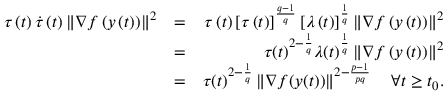
\begin{array} { r l r } { \tau \left( t \right) \dot { \tau } \left( t \right) \left\lVert \nabla f \left( y \left( t \right) \right) \right\rVert ^ { 2 } } & { = } & { \tau \left( t \right) \left[ \tau \left( t \right) \right] ^ { \frac { q - 1 } { q } } \left[ \lambda \left( t \right) \right] ^ { \frac { 1 } { q } } \left\lVert \nabla f \left( y \left( t \right) \right) \right\rVert ^ { 2 } } \\ & { = } & { \tau ( t ) ^ { 2 - \frac { 1 } { q } } \lambda ( t ) ^ { \frac { 1 } { q } } \left\lVert \nabla f \left( y \left( t \right) \right) \right\rVert ^ { 2 } } \\ & { = } & { \tau ( t ) ^ { 2 - \frac { 1 } { q } } \left\lVert \nabla f ( y ( t ) ) \right\rVert ^ { 2 - \frac { p - 1 } { p q } } \quad \forall t \geq t _ { 0 } . } \end{array}